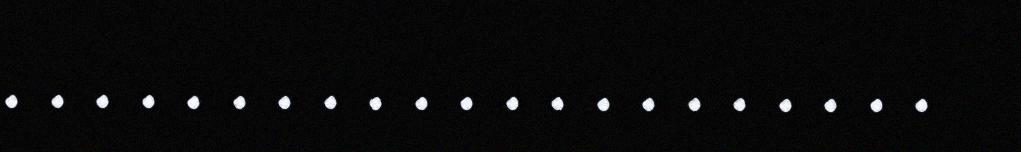
. . . . . . . . . . . . . . . . . . . . .